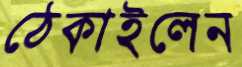
ঠেকাইলেন